system: You are a helpful assistant.
user:
Analyze the provided spectrum to determine if it is a **White Dwarf (WD)**.

A White Dwarf spectrum is defined by its **extreme purity** (due to gravitational settling) and/or **extreme pressure broadening** (due to high surface gravity). You must check for one of the following mutually exclusive signatures:

- **Key Visual Indicators (Check for ONE of these types):**

    - **1. DA-Type Signature (Most Common):**
        - **(Primary Feature):** Extreme pressure broadening (Stark broadening) of the **Hydrogen (H) Balmer lines**.
        - **(Key Lines):** $H\beta$ (approx. $4861$ Å) and $H\gamma$ (approx. $4340$ Å). $H\alpha$ (approx. $6563$ Å) will also be present if the wavelength range covers it.
        - **(Line Profile):** This is the **defining feature**. The lines are **NOT** sharp. They appear as massive, **extremely broad and deep "troughs" or "dips"** in the spectrum, often hundreds of Ångströms wide. The continuum will appear to "scoop" down at these wavelengths.
        - **(Distinction):** Normal A-type or B-type stars have *narrow* and *sharp* Hydrogen lines. A DA White Dwarf's lines are unmistakably "smeared" or "blurry" from pressure.

    - **2. DB-Type Signature:**
        - **(Primary Feature):** Broad absorption lines from **Neutral Helium (He I)**. The spectrum must lack any visible Hydrogen lines.
        - **(Key Lines):** Look for broad absorption near $4471$ Å, $4921$ Å, and $5876$ Å.
        - **(Line Profile):** These lines are also significantly pressure-broadened, appearing much wider than they would in a normal B-type main-sequence star.

    - **3. DC-Type Signature:**
        - **(Primary Feature):** A **featureless continuous spectrum**.
        - **(Line Profile):** The spectrum is a smooth curve with **no significant absorption or emission lines**.
        - **(Key Confirmation):** The continuum is almost always **blue or white**, indicating a hot object. This signature implies the atmosphere is so pure (or so cool) that no spectral lines are visible in the optical range. Its WD identity is confirmed by its extremely low intrinsic brightness (high absolute magnitude).

    - **4. DZ-Type Signature (Metal-Polluted):**
        - **(Primary Feature):** **Isolated, narrow metal absorption lines** on an otherwise featureless (DC-like) continuum.
        - **(Key Lines):** The **Calcium (Ca II) H & K doublet** (approx. **$3934$ Å** and **$3968$ Å**) is the most common and defining feature.
        - **(Line Profile):** These lines are "out of place." They are *not* part of a "forest" of thousands of lines. This signature is evidence of recent *accretion* (pollution) from rocky debris.
        - **(Distinction):** Normal G/K/M stars have a *dense forest* of thousands of metal lines. A DZ has a *clean* continuum with *only a few* strong metal lines.

    - **5. DQ-Type Signature (Carbon-Polluted):**
        - **(Primary Feature):** Absorption bands from **Carbon (C₂ "Swan Bands" or atomic C I)**.
        - **(Key Lines - C₂):** Look for bandheads with a "saw-tooth" shape near $5635$ Å, **$5165$ Å** (strongest), and $4737$ Å.
        - **(Key Confirmation):** The underlying **continuum must be blue or white** (hot).
        - **(Distinction):** This is the critical difference from a **Carbon Star**, which has the *exact same* C₂ bands but on an extremely **red, cool** continuum.

- **(Overall Spectrum):**
    - The continuum (overall shape) is typically **blue-sloping** (brighter in the blue than the red), as most white dwarfs are very hot.
    - The spectrum will look "pure" or "simple," dominated by only *one* of the five signatures listed above.

Think first, call **spectral_visualization_tool** if needed to examine features in detail, then provide your final answer. Your response must adhere to the following strict rules:
1.  **Overall Structure:** Your response must follow the format `<think>...</think> <tool_call>...</tool_call> (if a tool is used) <answer>...</answer>`.
2.  **Tool Usage Constraint:** You may only make **one** tool call per turn.
3.  **Final Answer Format:** In the `<answer>` tag, your conclusion must be inside a `\boxed{}` command (e.g., `\boxed{YES}` or `\boxed{NO}`), followed by your justification.

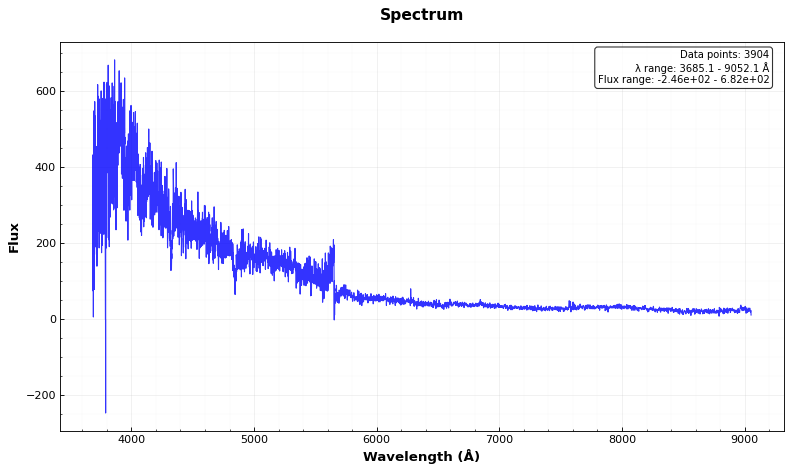
Answer: YES